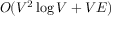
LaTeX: O ( V ^ { 2 } \log { V } + V E )